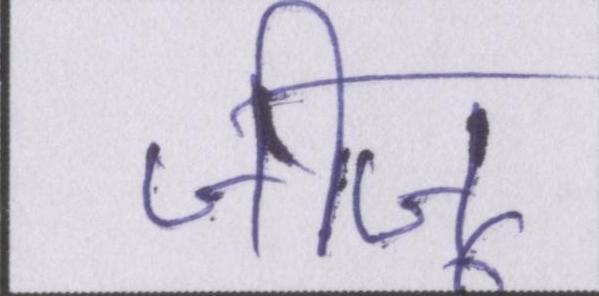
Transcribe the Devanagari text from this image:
जीजू